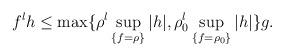
LaTeX: \begin{align*} f^lh\leq \max\{ \rho^l \sup _{\{f=\rho\}}|h|,\rho_0^l \sup _{\{f=\rho_0\}}|h|\}g. \end{align*}